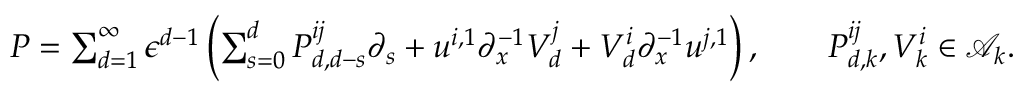
\begin{array} { r } { P = \sum _ { d = 1 } ^ { \infty } \epsilon ^ { d - 1 } \left( \sum _ { s = 0 } ^ { d } P _ { d , d - s } ^ { i j } { \partial } _ { s } + u ^ { i , 1 } { \partial } _ { x } ^ { - 1 } V _ { d } ^ { j } + V _ { d } ^ { i } { \partial } _ { x } ^ { - 1 } u ^ { j , 1 } \right) , \qquad P _ { d , k } ^ { i j } , V _ { k } ^ { i } \in \mathcal { A } _ { k } . } \end{array}